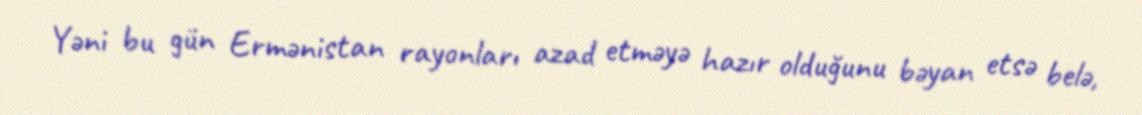
Yəni bu gün Ermənistan rayonları azad etməyə hazır olduğunu bəyan etsə belə,